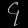
Digit: ၄